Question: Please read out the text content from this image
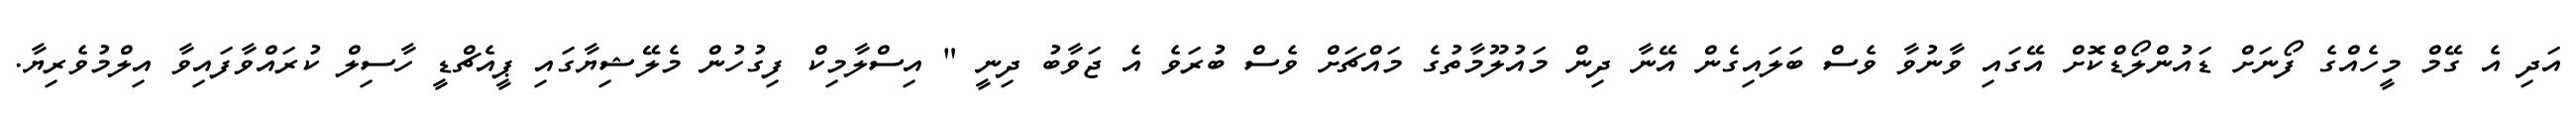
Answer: އަދި އެ ގޭމް މީހެއްގެ ފޯނަށް ޑައުންލޯޑްކޮށް އޭގައި ވާނުވާ ވެސް ބަލައިގެން އޭނާ ދިން މައުލޫމާތުގެ މައްޗަށް ވެސް ބުރަވެ އެ ޖަވާބު ދިނީ " އިސްލާމިކް ފިގުހުން މެލޭޝިޔާގައި ޕީއެޗްޑީ ހާސިލް ކުރައްވާފައިވާ އިލްމުވެރިޔާ.